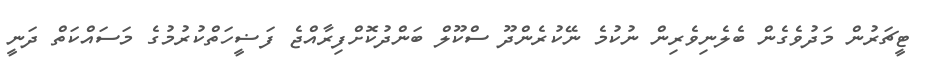
ޓީޗަރުން މަދުވެގެން ބެލެނިވެރިން ނުކުމެ ނޭކުރެންދޫ ސްކޫލް ބަންދުކޮށްފިރާއްޖެ ފަޟީހަތްކުރުމުގެ މަސައްކަތް ދަނީ